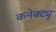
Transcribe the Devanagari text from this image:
कनेक्ट्यु